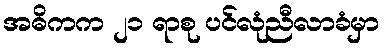
အဓိကက ၂၁ ရာစု ပင်လုံညီလာခံမှာ